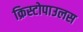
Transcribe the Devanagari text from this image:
क्रिस्टोपाउलस